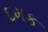
દમક